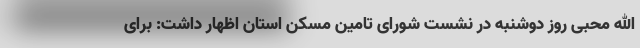
الله محبی روز دوشنبه در نشست شورای تامین مسکن استان اظهار داشت: برای